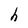
Character: h